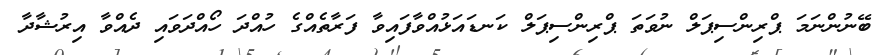
ބޭނުންނަމަ ޕްރިންސިޕަލް ނުވަތަ ޕްރިންސިޕަލް ކަނޑައަޅުއްވާފައިވާ ފަރާތެއްގެ ހުއްދަ ހޯއްދަވައި ދެއްވާ އިރުޝާދާ